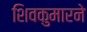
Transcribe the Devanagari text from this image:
शिवकुमारने